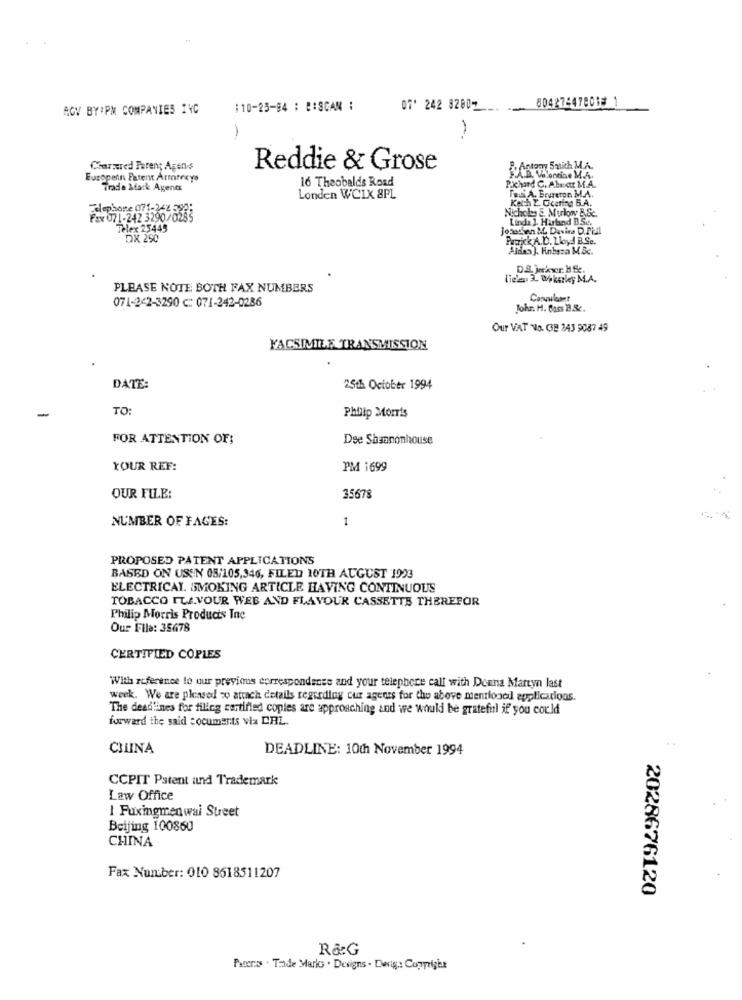
804274478018 1
AGY BY:PM COMPANIES INC
110-25-84 : B:SCAM :
07' 242 82807
Chartered Parent Agens
Reddie & Grose
Antony Sanich M.A.
Europein Patent Armtecys
16 Theobalds Road
F.A.B. Velonaise M.A.
Trade &fark Agents
Pichard C, Abnar M.A.
Fani A. Erureron M.A.
Londen WC1X 8PL
Ketch E. Ccering B.A.
Telephone 071-242 599;
Nichols &. Murlow B.Sc.
Fax 071-242 3290/0285
Linda 1. Harband B.Sc.
Telex 25445
jonathan &L. Davine D.Pil
Dx 290
Patrick A.D. Lloyd B.Se.
Aiden ]. Hnbaza M.&c.
D.S. jerkvr. H.c.
liegy 3L Wekerky M.A.
PLEASE NOTE BOTH FAX NUMBERS
071-242-3290 C: 071-242-0286
Johr. H. Buss 2.&c.
Our VAT NO. CB 243 9087 49
FACSIMILE TRANSMISSION
DATE:
25th October 1994
TO:
Philip Morris
FOR ATTENTION OF;
Dee Shannonhouse
YOUR REF:
PM 1699
OUR FILE:
35678
NUMBER OF FAGES:
1
PROPOSED PATENT APPLICATIONS
BASED ON USSN 08/105,346, FILED 10TH AUGUST 1993
ELECTRICAL. SMOKING ARTICLE HAVING CONTINUOUS
TOBACCO TU.VOUR WEB AND FLAVOUR CASSETTE THEREFOR
Philip Morris Products Inc
Our File: 35678
CERTIFIED COPLES
With reference to our previous correspondenes and your telephone call with Donna Martyn last
week. We are pleased w attach details regarding cur agents for the above mentioned applications.
The deadlines for filing certified copies are approaching and we would be grateful if you could
forward the said :ocuments via DRL.
CIUNA
DEADLINE: 10th November 1994
CCPIT Patent and Trademark
Law Office
I Fuxingmenwal Street
Beijing 100860
CHINA
Fax Number: 010 8618511207
2028676120
R&G
Pateras . Trade Marks . Designs . Ewig .: Copyright